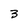
Character: 3